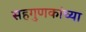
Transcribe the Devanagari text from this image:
सहगुणकांच्या